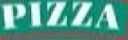
PIZZA